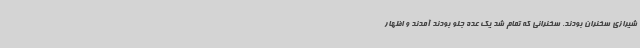
شیرازی سخنران بودند. سخنرانی که تمام شد یک عده جلو بودند آمدند و اظهار